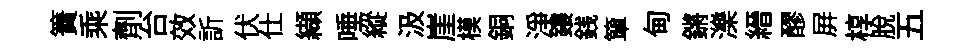
簀乘劑台效訢伏仕纈唾縱汲崖模銅浄鏤銭簞甸鏘濼縉醪屛椁脱五